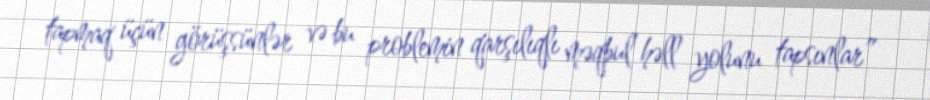
tapmaq üçün görüşsünlər və bu problemin qarşılıqlı məqbul həll yolunu tapsınlar”